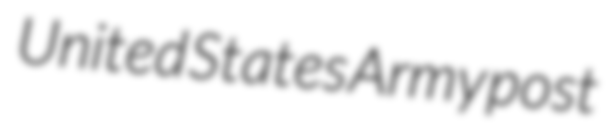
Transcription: United States Army post